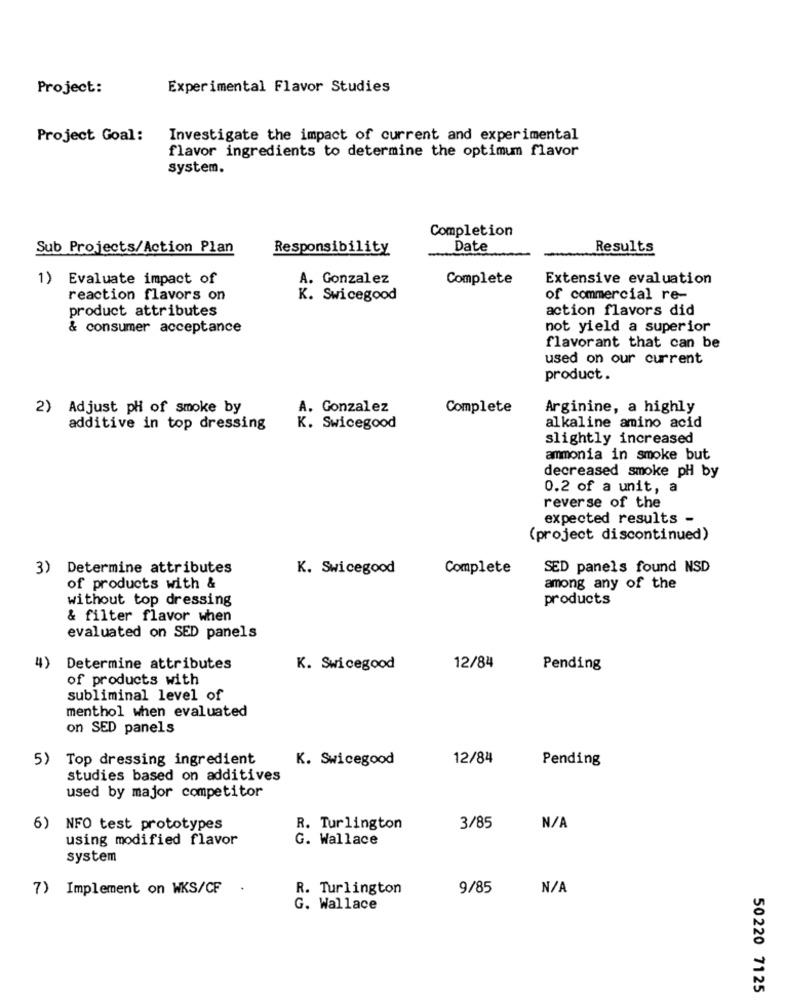
Project:
Experimental Flavor Studies
Project Goal:
Investigate the impact of current and experimental
flavor ingredients to determine the optimum flavor
system.
Completion
Sub Projects/Action Plan
Responsibility
Date
Results
1) Evaluate impact of
A. Gonzalez
Complete
Extensive evaluation
reaction flavors on
K. Swicegood
of commercial re-
product attributes
action flavors did
& consumer acceptance
not yield a superior
flavorant that can be
used on our current
product.
2) Adjust pH of smoke by
A. Gonzalez
Complete
Arginine, a highly
additive in top dressing
K. Swicegood
alkaline amino acid
slightly increased
ammonia in smoke but
decreased smoke pH by
0.2 of a unit, a
reverse of the
expected results -
(project discontinued)
3) Determine attributes
K. Swicegood
Complete
SED panels found NSD
of products with &
among any of the
without top dressing
products
& filter flavor when
evaluated on SED panels
4)
Determine attributes
K. Swicegood
12/84
Pending
of products with
subliminal level of
menthol when evaluated
on SED panels
5) Top dressing ingredient
K. Swicegood
12/84
Pending
studies based on additives
used by major competitor
6)
NFO test prototypes
R. Turlington
3/85
using modified flavor
G. Wallace
system
7) Implement on WKS/CF
R. Turlington
9/85
G. Wallace
50220 7125